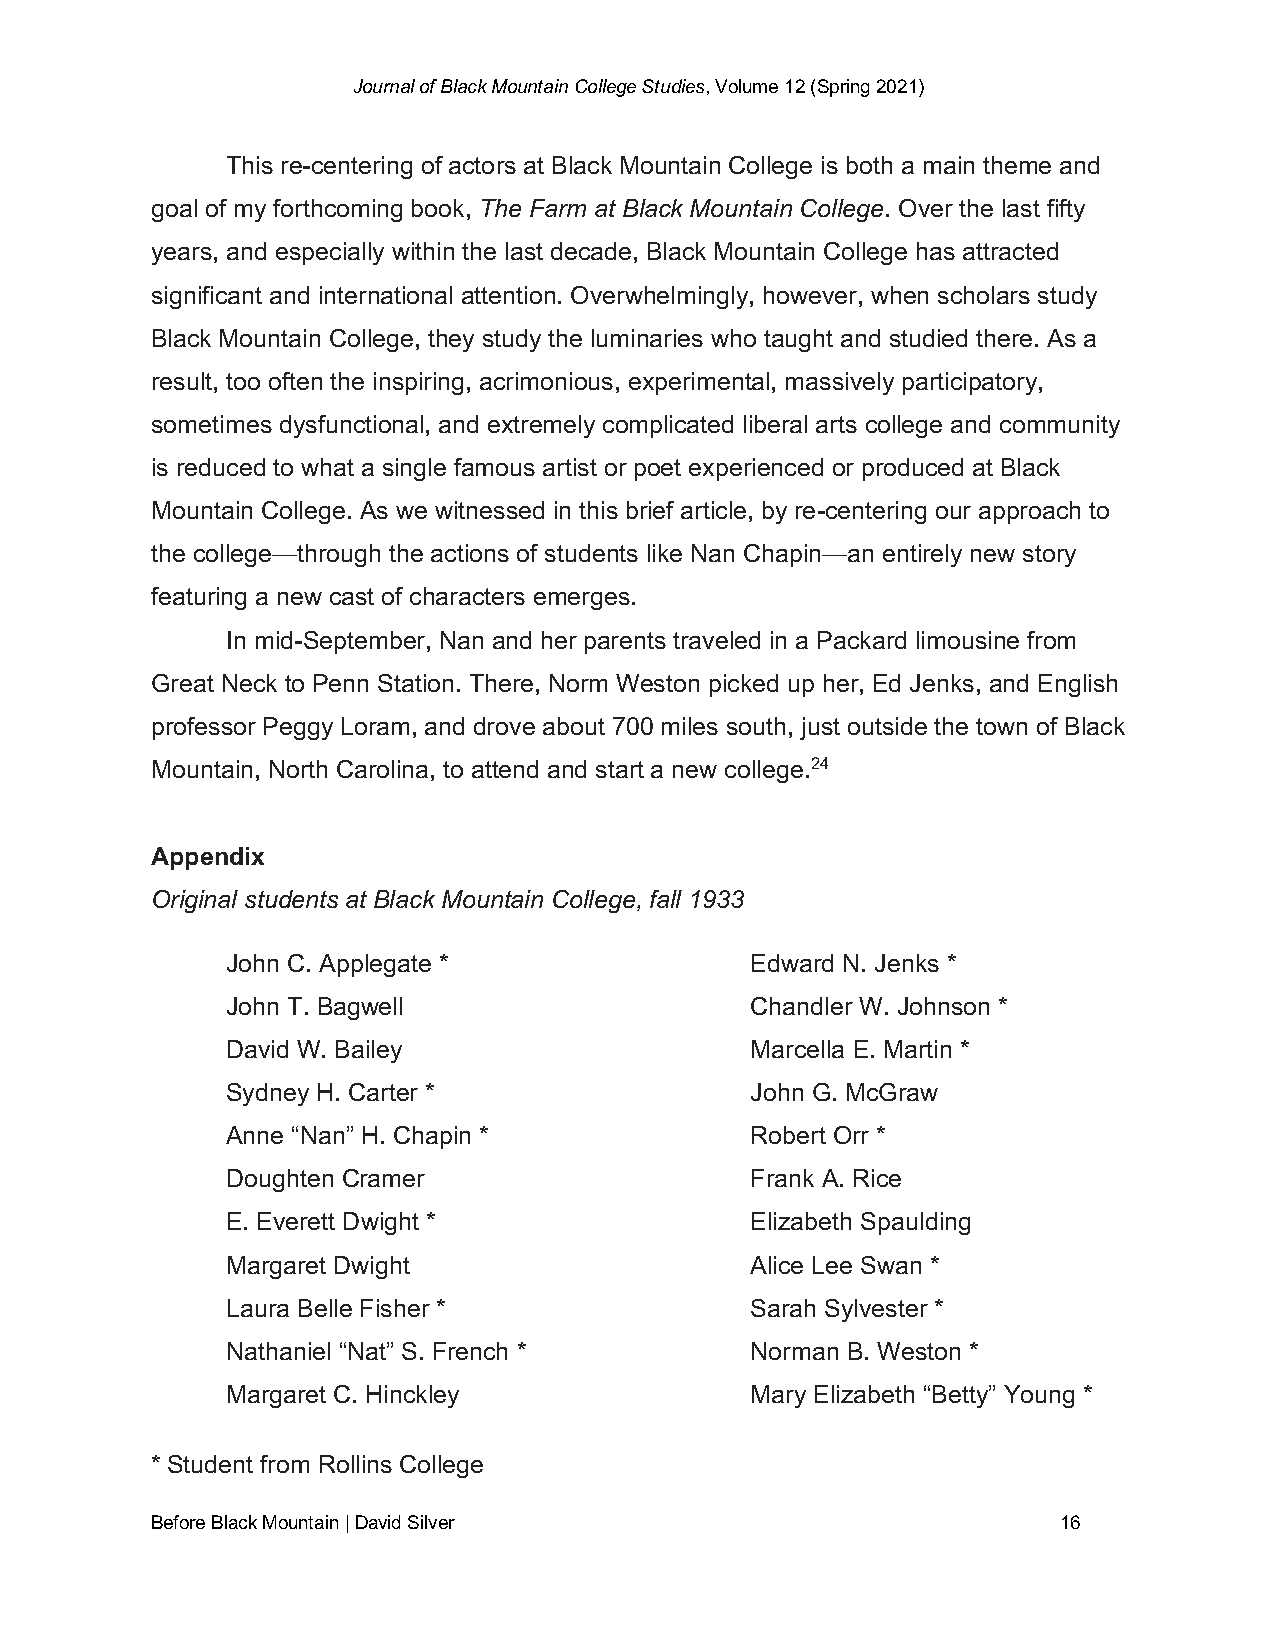
Journal of Black Mountain College Studies, Volume 12 (Spring 2021)
 This re-centering of actors at Black Mountain College is both a main theme and
 goal of my forthcoming book, The Farm at Black Mountain College. Over the last fifty
 years, and especially within the last decade, Black Mountain College has attracted
 significant and international attention. Overwhelmingly, however, when scholars study
 Black Mountain College, they study the luminaries who taught and studied there. As a
 result, too often the inspiring, acrimonious, experimental, massively participatory,
 sometimes dysfunctional, and extremely complicated liberal arts college and community
 is reduced to what a single famous artist or poet experienced or produced at Black
 Mountain College. As we witnessed in this brief article, by re-centering our approach to
 the college—through the actions of students like Nan Chapin—an entirely new story
 featuring a new cast of characters emerges.
 In mid-September, Nan and her parents traveled in a Packard limousine from
 Great Neck to Penn Station. There, Norm Weston picked up her, Ed Jenks, and English
 professor Peggy Loram, and drove about 700 miles south, just outside the town of Black
 Mountain, North Carolina, to attend and start a new college.24
 Appendix
 Original students at Black Mountain College, fall 1933
 John C. Applegate *                Edward N. Jenks *
 John T. Bagwell                    Chandler W. Johnson *
 David W. Bailey                    Marcella E. Martin *
 Sydney H. Carter *                 John G. McGraw
 Anne “Nan” H. Chapin *             Robert Orr *
 Doughten Cramer                    Frank A. Rice
 E. Everett Dwight *                Elizabeth Spaulding
 Margaret Dwight                    Alice Lee Swan *
 Laura Belle Fisher *               Sarah Sylvester *
 Nathaniel “Nat” S. French *        Norman B. Weston *
 Margaret C. Hinckley               Mary Elizabeth “Betty” Young *
 * Student from Rollins College
 Before Black Mountain | David Silver                        16